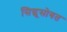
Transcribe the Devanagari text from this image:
सिद्धूसोबत